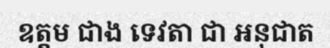
ឧត្តម ជាង ទេវតា ជា អនុជាត